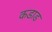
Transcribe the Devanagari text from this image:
कडाड